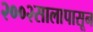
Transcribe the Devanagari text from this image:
२००२सालापासून